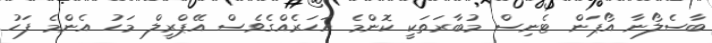
ބާސެލޯނާ އޯޕަން ޓެނިސް މުބާރަތަކީ ކޮންމެ އަހަރެއްގެވެސް އޭޕްރީލް މަހު އެންމެ ފަހު